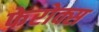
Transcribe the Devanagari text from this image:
फेरोक्स